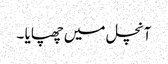
آنچل میں چھپایا ۔